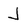
Character: J